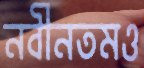
নবীনতমও